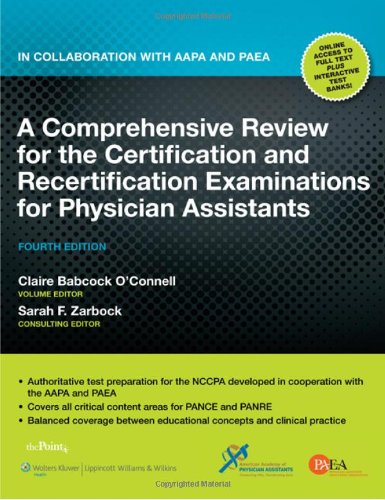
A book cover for A Comprehensive Review for the Certification and Recertification Examinations for Physician Assistants: In Collaboration with AAPA and PAEA; Claire Babcock O'Connell MPH  PA-C; Medical Books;